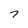
Character: 7